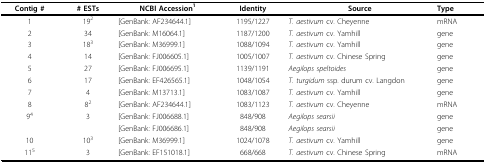
<table><thead><tr><td><b>Contig #</b></td><td><b># ESTs</b></td><td><b>NCBI Accession<sup>1</sup></b></td><td><b>Identity</b></td><td><b>Source</b></td><td><b>Type</b></td></tr></thead><tbody><tr><td>1</td><td>19<sup>2</sup></td><td>[GenBank: AF234644.1]</td><td>1195/1227</td><td><i>T. aestivum </i>cv. Cheyenne</td><td>mRNA</td></tr><tr><td>2</td><td>34</td><td>[GenBank: M16064.1]</td><td>1187/1200</td><td><i>T. aestivum </i>cv. Yamhill</td><td>gene</td></tr><tr><td>3</td><td>18<sup>3</sup></td><td>[GenBank: M36999.1]</td><td>1088/1094</td><td><i>T. aestivum </i>cv. Yamhill</td><td>gene</td></tr><tr><td>4</td><td>14</td><td>[GenBank: FJ006605.1]</td><td>1005/1007</td><td><i>T. aestivum </i>cv. Chinese Spring</td><td>gene</td></tr><tr><td>5</td><td>27</td><td>[GenBank: FJ006695.1]</td><td>1139/1191</td><td><i>Aegilops speltoides</i></td><td>gene</td></tr><tr><td>6</td><td>17</td><td>[GenBank: EF426565.1]</td><td>1048/1054</td><td><i>T. turgidum </i>ssp. durum cv. Langdon</td><td>gene</td></tr><tr><td>7</td><td>4</td><td>[GenBank: M13713.1]</td><td>1083/1087</td><td><i>T. aestivum </i>cv. Yamhill</td><td>gene</td></tr><tr><td>8</td><td>8<sup>2</sup></td><td>[GenBank: AF234644.1]</td><td>1083/1123</td><td><i>T. aestivum </i>cv. Cheyenne</td><td>mRNA</td></tr><tr><td>9<sup>4</sup></td><td>3</td><td>[GenBank: FJ006688.1]</td><td>848/908</td><td><i>Aegilops </i><i>searsii</i></td><td>gene</td></tr><tr><td></td><td></td><td>[GenBank: FJ006686.1]</td><td>848/908</td><td><i>Aegilops </i><i>searsii</i></td><td>gene</td></tr><tr><td>10</td><td>10<sup>3</sup></td><td>[GenBank: M36999.1]</td><td>1024/1078</td><td><i>T. aestivum </i>cv. Yamhill</td><td>gene</td></tr><tr><td>11<sup>5</sup></td><td>3</td><td>[GenBank: EF151018.1]</td><td>668/668</td><td><i>T. aestivum </i>cv. Chinese Spring</td><td>mRNA</td></tr></tbody></table>